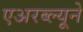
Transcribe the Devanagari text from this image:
एअरब्ल्यूने